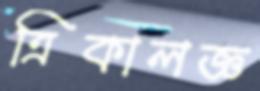
ত্রিকালজ্ঞ